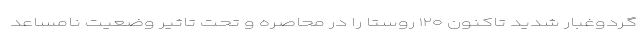
گردوغبار شدید تاکنون ۱۲۰ روستا را در محاصره و تحت تاثیر وضعیت نامساعد